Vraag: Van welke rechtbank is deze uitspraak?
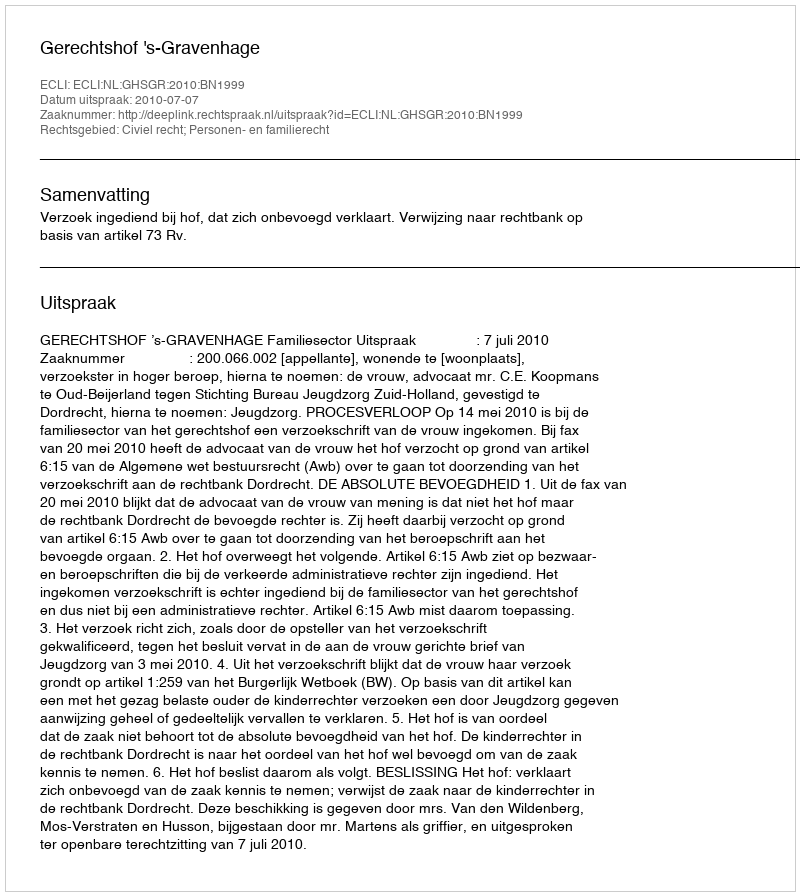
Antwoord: Gerechtshof 's-Gravenhage